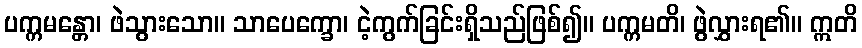
ပက္ကမန္တော၊ ဖဲသွားသော။ သာပေက္ခော၊ ငဲ့ကွက်ခြင်းရှိသည်ဖြစ်၍။ ပက္ကမတိ၊ ဖွဲလွှားရ၏။ ဣတိ